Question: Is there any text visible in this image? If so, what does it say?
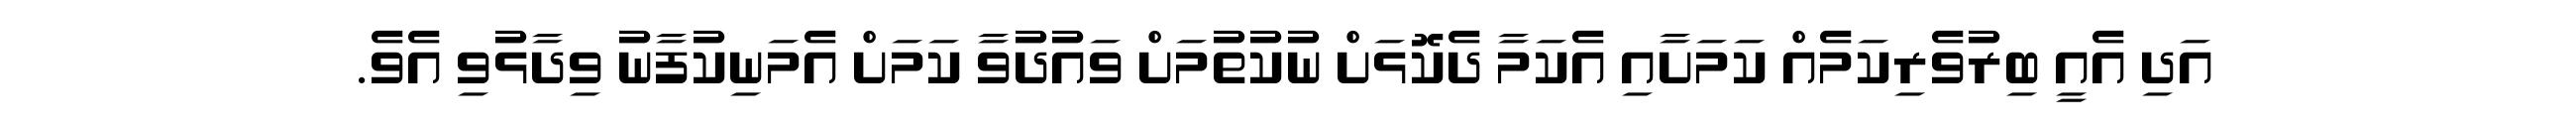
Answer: އަދި އެއީ ބިރުވެރިކަމެއް ކަމަށާއި އެކަމާ ދެކޮޅަށް ނުކުތުމަށް ވައުދުވާ ކަމަށް އެމަނިކުފާނު ވިދާޅުވި އެވެ.